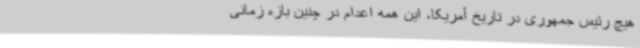
هیچ رئیس جمهوری در تاریخ آمریکا، این همه اعدام در چنین بازه زمانی